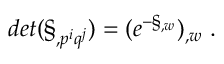
d e t ( \S _ { , p ^ { i } q ^ { j } } ) = ( e ^ { - \S _ { , w } } ) _ { , w } \ .